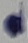
Text: 2